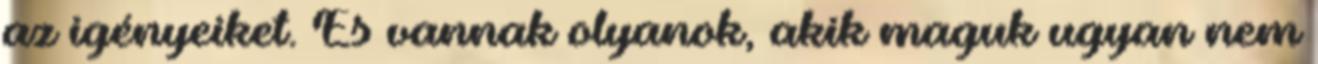
az igényeiket. És vannak olyanok, akik maguk ugyan nem